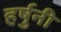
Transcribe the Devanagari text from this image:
हर्षुनी